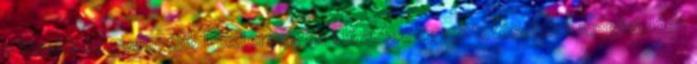
a kisebb és gyengébb Dexterous az előzetes egyeztetéseknek megfelelően